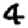
Digit: 4